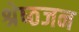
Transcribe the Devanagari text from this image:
श्रेष्‍ठजन